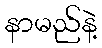
နာမည်နဲ့